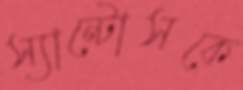
স্যান্টোসকে